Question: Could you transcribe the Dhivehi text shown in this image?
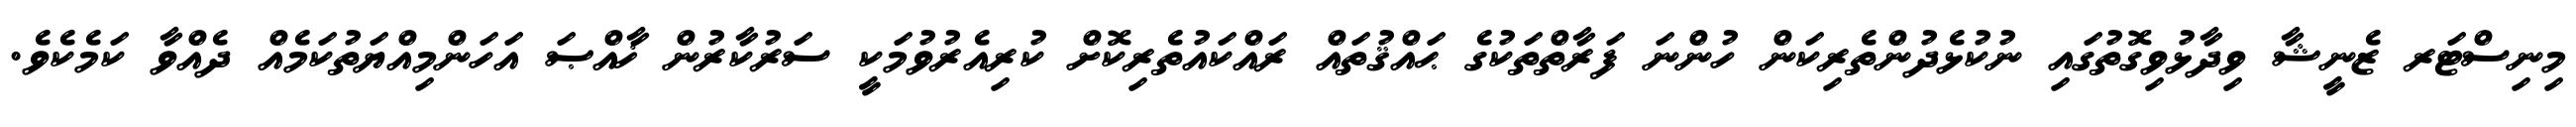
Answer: މިނިސްޓަރ ޒެނީޝާ ވިދާޅުވިގޮތުގައި ނުކުޅެދުންތެރިކަން ހުންނަ ފަރާތްތަކުގެ ޙައްޤުތައް ރައްކައުތެރިކޮށް ކުރިއެރުވުމަކީ ސަރުކާރުން ޚާއްޞަ އަހަންމިއްޔަތުކަމެއް ދެއްވާ ކަމެކެވެ.